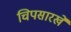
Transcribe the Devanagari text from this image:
चिपसारखे